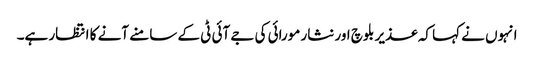
انہوں نے کہا کہ عذیر بلوچ اور نثار مورائی کی جے آئی ٹی کے سامنے آنے کا انتظار ہے۔